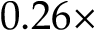
0 . 2 6 \times